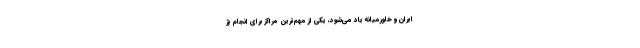
ایران و خاورمیانه یاد می‌شود، یکی از مهم‌ترین مراکز برای انجام پژ